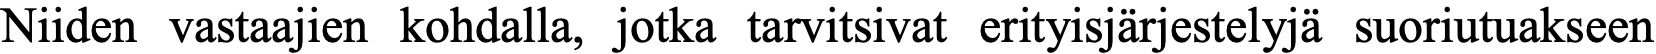
Niiden vastaajien kohdalla, jotka tarvitsivat erityisjärjestelyjä suoriutuakseen